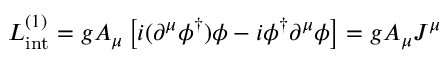
{ \cal { L } } _ { \mathrm { i n t } } ^ { ( 1 ) } = g A _ { \mu } \left[ i ( \partial ^ { \mu } \phi ^ { \dagger } ) \phi - i \phi ^ { \dagger } \partial ^ { \mu } \phi \right] = g A _ { \mu } J ^ { \mu }